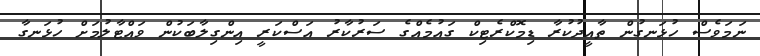
ނަމަވެސް ހުޅަނގުން ތާއީދުކުރާ ޑިމޮކްރެޓިކް ގައުމެއްގެ ސަރުކާރު އަސްކަރީ އިންގިލާބަކުން ވައްޓާލުމަށް ހުޅަނގާ